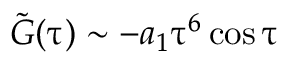
\Tilde { G } ( \uptau ) \sim - a _ { 1 } \uptau ^ { 6 } \cos \uptau